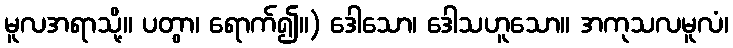
မူလအရာသို့။ ပတွာ၊ ရောက်၍။) ဒေါသော၊ ဒေါသဟူသော။ အကုသလမူလံ၊